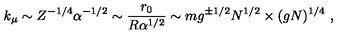
k _ { \mu } \sim Z ^ { - 1 / 4 } \alpha ^ { - 1 / 2 } \sim \frac { r _ { 0 } } { R \alpha ^ { 1 / 2 } } \sim m g ^ { \pm 1 / 2 } N ^ { 1 / 2 } \times ( g N ) ^ { 1 / 4 } \ ,